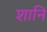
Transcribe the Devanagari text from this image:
शानि